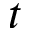
t